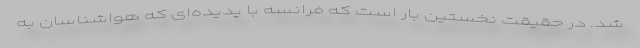
شد. در حقیقت نخستین بار است که فرانسه با پدیده‌ای که هواشناسان به